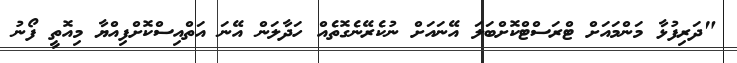
"ދަރިފުޅާ މަންމައަށް ޓްރަސްޓްކޮށްބަލަ އޭނައަށް ނުކެރޭނެގޮތެއް ހަދާލަން އޭނަ އަތްއިސްކޮށްފިއްޔާ މިއޮތީ ފޯނު